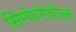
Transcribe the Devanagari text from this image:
सिम्फेरोपोल